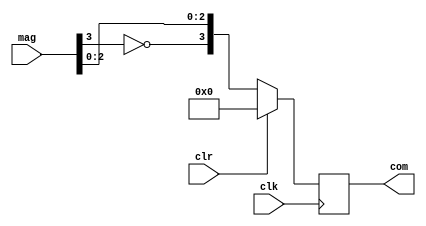

`timescale 1ns/1ns

module mag2com(mag, com, clk, clr);

input [3:0] mag;
input clk, clr;
output reg [3:0] com;

always @(posedge clk) begin

    if(clr) begin
        com <= 4'b0;
    end
    else begin
        com <= {~mag[3], mag[2:0]};
    end
end
endmodule